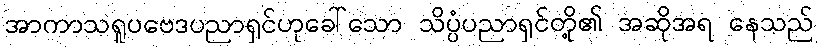
အာကာသရူပဗေဒပညာရှင်ဟုခေါ်သော သိပ္ပံပညာရှင်တို့၏ အဆိုအရ နေသည်